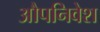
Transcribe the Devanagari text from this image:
औपनिवेश